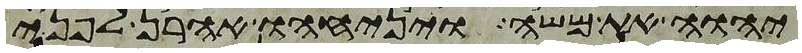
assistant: יהוה את משה ויניחהו אהרן לפני